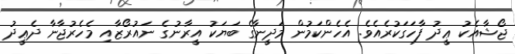
ޖޯޝާއެކު ޢީދު ފާހަގަކުރެއެވެ. އެހެންކަމުން މަދީނާގެ ބަޔަކު އީރާނުގެ ނައުރޯޒާއި މެހެރުޖާނާ ދެޢީދު